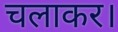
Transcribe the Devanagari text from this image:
चलाकर।